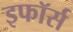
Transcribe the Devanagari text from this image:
इफॉर्स